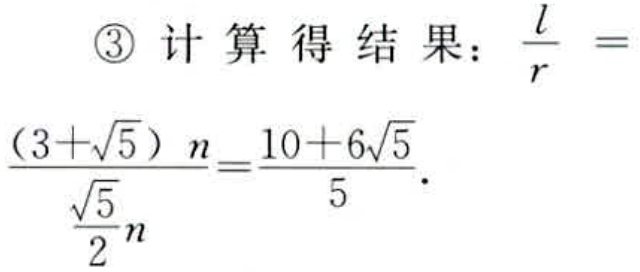
\begin{align*}
\textcircled{3}\text{ 计算得结果：}\frac{l}{r}&=\\
\frac{(3 + \sqrt{5})n}{\frac{\sqrt{5}}{2}n}&=\frac{10 + 6\sqrt{5}}{5}.
\end{align*}